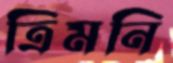
ত্রিমনি